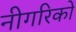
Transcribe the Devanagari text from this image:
नीगरिकों